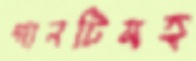
গানটিসহ